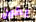
يكون